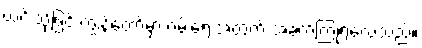
ယင်းသို့ဖြင့် ကျွန်တော့်မှာ ဝမ်းရေးအတွက် အခက်ကြုံရလေသည်။